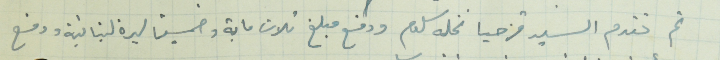
ثم تقدم السيد قزحيا نخله سلوم ودفع مبلغ تلات ماية وخمسين ليرة لبنانية ودفع